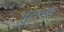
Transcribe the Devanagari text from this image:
भुख्ख्ड़